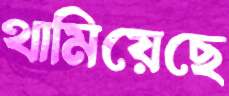
থামিয়েছে